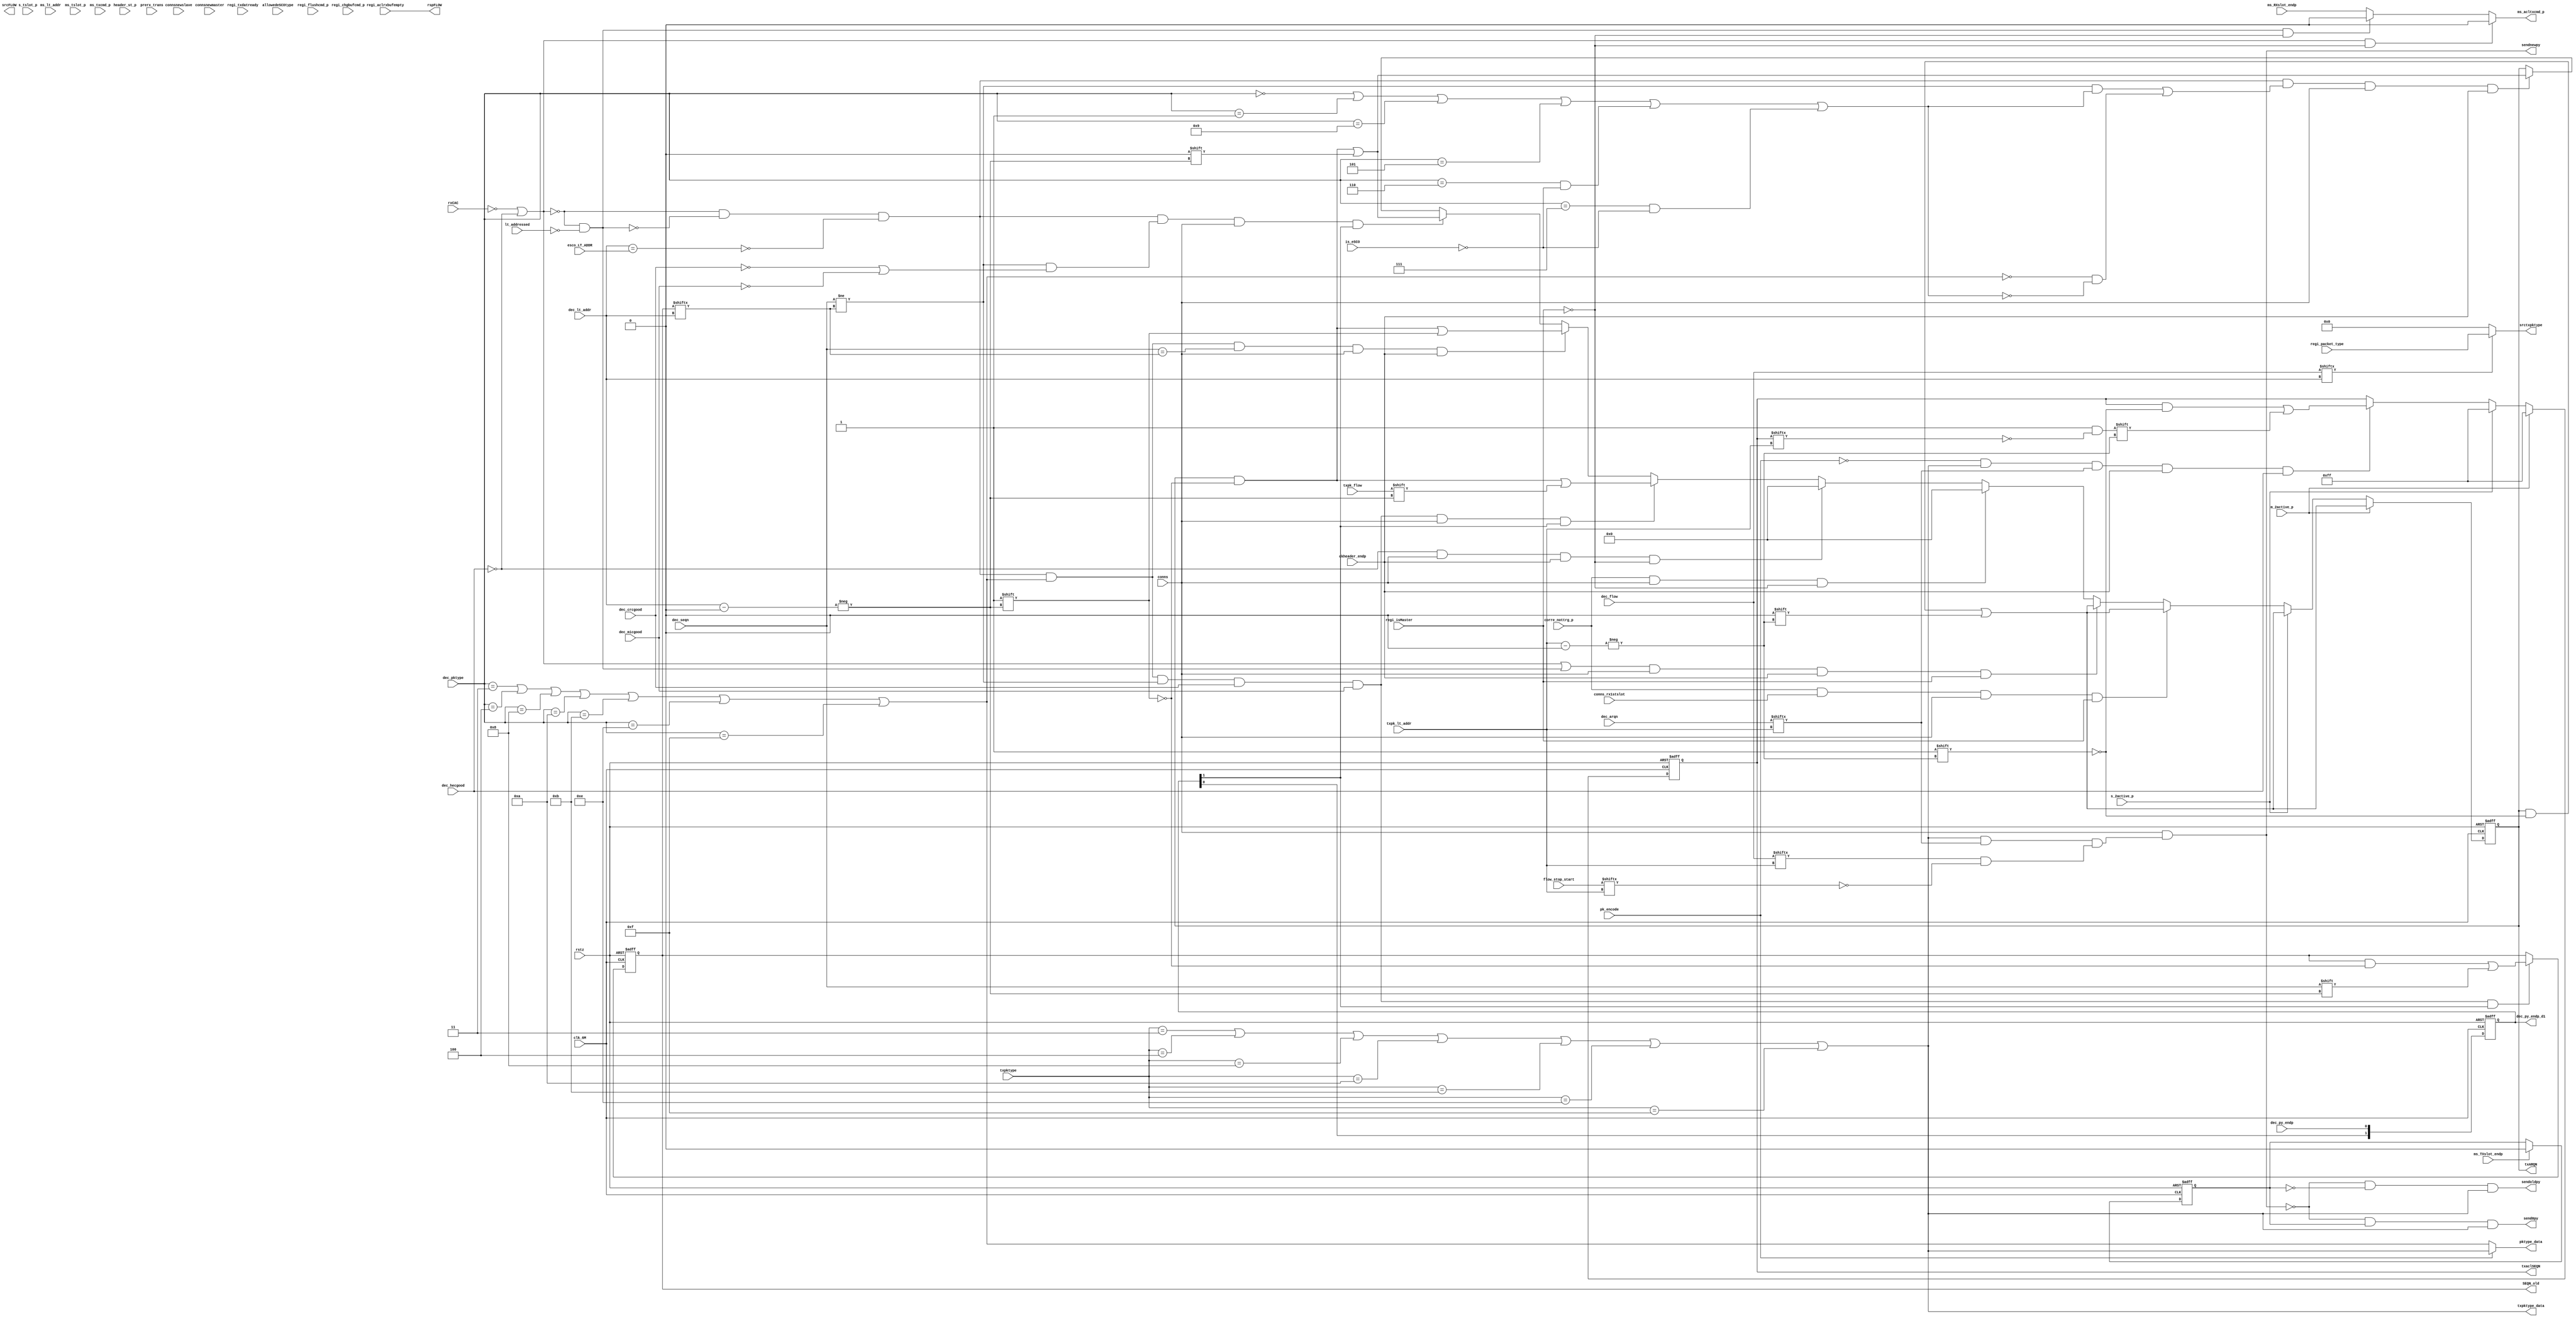
//
// Vol2 Part B sec 7.6 / 4.5.3 arq / flow control
//
module arqflowctrl(
clk_6M, rstz,
txpk_flow,
m_2active_p, s_2active_p,
conns_rx1stslot,
corre_nottrg_p,
txpk_lt_addr,
flow_stop_start,
ckheader_endp,
regi_txdatready,
ms_TXslot_endp, ms_RXslot_endp,
regi_chgbufcmd_p,
regi_isMaster,
dec_py_endp,
esco_LT_ADDR,
rxCAC,
is_eSCO,
dec_hecgood, dec_micgood,
conns, connsnewmaster, connsnewslave,
ms_lt_addr,
ms_tslot_p, s_tslot_p,
pk_encode,
dec_seqn,
dec_lt_addr,
lt_addressed,
allowedeSCOtype,
header_st_p,
dec_pktype, txpktype, regi_packet_type,
dec_flow,
dec_arqn,
prerx_trans, dec_crcgood,
regi_flushcmd_p,
ms_txcmd_p,
regi_aclrxbufempty,
//
txARQN,
txaclSEQN,
srctxpktype,
ms_acltxcmd_p,
srcFLOW,
rspFLOW,
pktype_data,
SEQN_old,
sendnewpy, sendoldpy, send0py,
dec_py_endp_d1,
txpktype_data

);

input clk_6M, rstz;
input txpk_flow;
input m_2active_p, s_2active_p;
input conns_rx1stslot;
input corre_nottrg_p;
input [2:0] txpk_lt_addr;
input [7:0] flow_stop_start;
input ckheader_endp;
input regi_txdatready;
input ms_TXslot_endp, ms_RXslot_endp;
input regi_chgbufcmd_p;
input regi_isMaster;
input dec_py_endp;
input [2:0] esco_LT_ADDR;
input rxCAC;
input is_eSCO;
input dec_hecgood, dec_micgood;
input conns, connsnewmaster, connsnewslave;
input [2:0] ms_lt_addr;
input ms_tslot_p, s_tslot_p;
input pk_encode;
input dec_seqn;
input [2:0] dec_lt_addr;
input lt_addressed;
input allowedeSCOtype;
input header_st_p;
input [3:0] dec_pktype, txpktype, regi_packet_type;
input [7:0] dec_flow;
input [7:0] dec_arqn;
input prerx_trans, dec_crcgood;
input regi_flushcmd_p;
input ms_txcmd_p;
input regi_aclrxbufempty;
//
output [7:0] txARQN;
output [7:0] txaclSEQN;
output [3:0] srctxpktype;
output ms_acltxcmd_p;
output [7:0] srcFLOW;
output rspFLOW;
output pktype_data;
output [7:0] SEQN_old;
output sendnewpy, sendoldpy, send0py;
output [1:0] dec_py_endp_d1;
output txpktype_data;

wire dec_pktype_data, txpktype_data;
reg [7:0] SEQN_old;
reg [1:0] dec_py_endp_d1;

assign pktype_data = pk_encode ? txpktype_data : dec_pktype_data;
//destination control
//
assign rspFLOW = regi_aclrxbufempty;




wire dec_flow_device = dec_flow[dec_lt_addr];
//source control
//

assign srctxpktype = dec_flow_device ? regi_packet_type : 4'b0 ;   //& regi_txdatready
wire aclpacket = srctxpktype==4'h3 | srctxpktype==4'h4 | srctxpktype==4'h8 | srctxpktype==4'h9 | 
                 srctxpktype==4'ha | srctxpktype==4'hb | srctxpktype==4'he | srctxpktype==4'hf;
////////wire srcFLOW_t = dec_flow_device | !prerx_trans | !dec_crcgood | !aclpacket;
////////
////////reg [7:0] srcFLOW;
////////always @(posedge clk_6M or negedge rstz)
////////begin
////////  if (!rstz)
////////     srcFLOW <= 8'hff;
////////  else if (connsnewmaster | connsnewslave)
////////     srcFLOW <= 8'hff;
////////  else if (ms_tslot_p & (!pk_encode))
////////     srcFLOW[ms_lt_addr] <= srcFLOW_t ;
////////end

//
// TX arq ctrl
// Vol2 PartB Figure 7.15
//
assign txpktype_data = txpktype==4'h3 | txpktype==4'h4 | txpktype==4'h8 | txpktype==4'ha | txpktype==4'hb | txpktype==4'he | txpktype==4'hf;

////////reg flushcmd_trg, flushcmd;
////////always @(posedge clk_6M or negedge rstz)
////////begin
////////  if (!rstz)
////////     flushcmd_trg <= 1'b0;
////////  else if (regi_flushcmd_p)
////////     flushcmd_trg <= 1'b1;
////////  else if (ms_tslot_p)  
////////     flushcmd_trg <= 1'b0 ;
////////end

wire regw_flushcmd = 1'b0;//for tmp
reg flushcmd_flag;
always @(posedge clk_6M or negedge rstz)
begin
  if (!rstz)
     flushcmd_flag <= 1'b0;
  else if (regw_flushcmd)
     flushcmd_flag <= 1'b1;
  else if (ms_TXslot_endp)  
     flushcmd_flag <= 1'b0 ;
end

// Spec : Figure 7.15, tx slot
// Vol2 PartB 4.5.3.2 : in case flow stop then start, should re-transmit old pyload
// 
assign sendnewpy = conns & ( //!txpktype_data | , sco case
                             (txpktype_data & dec_arqn[txpk_lt_addr] & 
                               (dec_flow[txpk_lt_addr] & !flow_stop_start[txpk_lt_addr])
                             )
                           );
assign sendoldpy = !sendnewpy & !flushcmd_flag &  txpktype_data; //conns &  txpktype_data & (!dec_arqn[txpk_lt_addr] | !dec_flow[txpk_lt_addr]) & !flushcmd_flag;
assign send0py   = !sendnewpy & flushcmd_flag &  txpktype_data; //conns &  txpktype_data & !dec_arqn[txpk_lt_addr] &  flushcmd_flag;  // 0 length continue ACL-U packet

reg [7:0] txaclSEQN;
always @(posedge clk_6M or negedge rstz)
begin
  if (!rstz)
     txaclSEQN <= 8'h0;
  else if (m_2active_p) //connsnewmaster | connsnewslave)
     txaclSEQN <= 8'hff;
  else if (s_2active_p) //connsnewmaster | connsnewslave)
     txaclSEQN <= 8'hff;
//  else if (regi_chgbufcmd_p)  // mcu check dec_arqn[ms_lt_addr] to determine switch buffer or not
//     txaclSEQN[ms_lt_addr] <= ~txaclSEQN[ms_lt_addr] ;
// Spec : Figure 7.15
//  else if (pk_encode & txpktype_data & dec_arqn[txpk_lt_addr] & header_st_p)
//     txaclSEQN[txpk_lt_addr] <= ~txaclSEQN[txpk_lt_addr] ;

  else if (!pk_encode & txpktype_data & dec_arqn[txpk_lt_addr] & ckheader_endp & dec_hecgood)
     txaclSEQN[txpk_lt_addr] <= ~txaclSEQN[txpk_lt_addr] ;
end

wire eSCOwindow_endp = 1'b0; //for tmp
wire eSCOwindow = 1'b0; //for tmp

reg txscoSEQN;
always @(posedge clk_6M or negedge rstz)
begin
  if (!rstz)
     txscoSEQN <= 1'b1;
  else if (s_2active_p | m_2active_p) //connsnewmaster | connsnewslave)
     txscoSEQN <= 1'b1;
  else if (eSCOwindow_endp)
     txscoSEQN <= ~txscoSEQN ;
end
//
// RX arq ctrl
// Vol2 PartB Figure 7.12
//
wire fail1 = !rxCAC | !dec_hecgood;
wire fail2 = (!fail1) & !lt_addressed;
wire esco_addressed = dec_lt_addr == esco_LT_ADDR;
assign dec_pktype_data = dec_pktype==4'h3 | dec_pktype==4'h4 | dec_pktype==4'h8 | dec_pktype==4'ha | dec_pktype==4'hb | dec_pktype==4'he | dec_pktype==4'hf;
wire dec_pktype_kk = dec_pktype==4'h0 | dec_pktype==4'h1 | dec_pktype==4'h9 | dec_pktype==4'h5 | (dec_pktype==4'h6 & !is_eSCO) | (dec_pktype==4'h7 & !is_eSCO);

wire condi_A = (!fail1) & (!fail2) ;

wire condi_B = condi_A & esco_addressed;

reg rxeSCOvalid_pyload;
always @(posedge clk_6M or negedge rstz)
begin
  if (!rstz)
     rxeSCOvalid_pyload <= 0;
  else if ((!pk_encode) & dec_hecgood & dec_crcgood & eSCOwindow & ms_tslot_p)
     rxeSCOvalid_pyload <= 1'b1 ;
  else if (!eSCOwindow)
     rxeSCOvalid_pyload <= 1'b0 ;
end

wire rxeSCOpacketOK = rxeSCOvalid_pyload & allowedeSCOtype;

wire accept_eSCOpyload = condi_B & !rxeSCOvalid_pyload & rxeSCOpacketOK;
wire ignore_eSCOpyload = condi_B &  rxeSCOvalid_pyload ;
wire reject_eSCOpyload = condi_B & !rxeSCOvalid_pyload & !rxeSCOpacketOK;



wire accept_aclpyload = condi_A & !esco_addressed & dec_pktype_data & dec_seqn!=SEQN_old[dec_lt_addr] & dec_crcgood & dec_micgood;

wire ignore_aclpyload = condi_A & !esco_addressed & dec_pktype_data & dec_seqn==SEQN_old[dec_lt_addr];
wire reject_aclpyload_0 = condi_A & !esco_addressed & (
                                                  (dec_seqn!=SEQN_old[dec_lt_addr] & (!dec_crcgood | !dec_micgood)) 
                                                 // (dec_seqn!=SEQN_old[dec_lt_addr] & dec_pktype_kk            ) |
                                                 // (!dec_pktype_data & !dec_pktype_kk             )  
                                                 ) ;
wire reject_aclpyload_1 = condi_A & !esco_addressed & (
                                                  //(dec_seqn!=SEQN_old[dec_lt_addr] & (!dec_crcgood | !dec_micgood)) |
                                                  (dec_seqn!=SEQN_old[dec_lt_addr] & dec_pktype_kk            ) |
                                                  (!dec_pktype_data & !dec_pktype_kk             )  
                                                 ) ;

//
always @(posedge clk_6M or negedge rstz)
begin
  if (!rstz)
     dec_py_endp_d1 <= 0;
  else 
     dec_py_endp_d1 <= {dec_py_endp_d1[0],dec_py_endp} ;
end

wire reg_wr_sqen=1'b0; //for tmp
wire reg_wr_arqn=1'b0; //for tmp
wire [7:0] reg_wdata=8'h0; //for tmp

always @(posedge clk_6M or negedge rstz)
begin
  if (!rstz)
     SEQN_old <= 8'h0;  //ff
  // mcu overwrite, EX:eSCO link setup
  else if (reg_wr_sqen)
     SEQN_old <= reg_wdata;
//  else if (connsnewmaster)
//     SEQN_old[ms_lt_addr] <= 1'b1;
//  else if (connsnewslave)
//     SEQN_old[ms_lt_addr] <= 1'b1;
  else if (accept_aclpyload & dec_py_endp_d1[1])
     SEQN_old[dec_lt_addr] <= dec_seqn ;
end

// RX slot ARQ scheme
// SPEC Vol 2, Part B, Sec 7.6, Figure 7.12 7.13
reg [7:0] txARQN;
always @(posedge clk_6M or negedge rstz)
begin
  if (!rstz)
     txARQN <= 0;
  // mcu overwrite, EX:eSCO link setup
  else if (reg_wr_arqn)
     txARQN <= reg_wdata;
  // master initial ARQN=NAK   
  else if (m_2active_p) //connsnewmaster & header_st_p)  // initial ARQN=NAK just before 1st tx
     txARQN[txpk_lt_addr] <= 1'b0;
  // slave initial ARN=NAK   
  else if (s_2active_p) //connsnewslave & header_st_p)   // initial ARQN=NAK just before 1st tx
     txARQN[txpk_lt_addr] <= 1'b0;
     
  // Spec Figure 7.12
  // master: RX slot address should be same as TX slot address
  else if (corre_nottrg_p & conns_rx1stslot & conns & regi_isMaster)  // not trigger
     txARQN[txpk_lt_addr] <= 1'b0;
  else if ((fail1|fail2) & conns & ckheader_endp & regi_isMaster)  // HEC error
     txARQN[txpk_lt_addr] <= 1'b0;
  //   
  //slave : if not receive valid packet at any rx slot, all address set to NAK.
  // because any address is possible miss   
  else if (corre_nottrg_p & conns & !regi_isMaster) // not trigger, diff condition from master
     txARQN <= 8'b0;
  else if (!dec_hecgood & conns & ckheader_endp & !regi_isMaster) // HEC error
     txARQN <= 8'b0;
// keep previous ack value
//  else if (fail2 & ckheader_endp & !regi_isMaster)
//     txARQN <= txARQN;
     
// sco
  else if ((accept_eSCOpyload|ignore_eSCOpyload) & eSCOwindow)
     txARQN[dec_lt_addr] <= 1'b1 ;
  else if (reject_eSCOpyload & eSCOwindow)
     txARQN[dec_lt_addr] <= 1'b0 ;

// acl : addressed case
// if resp-packet is null, which no pyload and dont meet following condition
// so keep old txARQN
// if flow==0, treat as not accept
  else if ((accept_aclpyload) & conns & dec_py_endp_d1[1]) // 
     txARQN[dec_lt_addr] <= txpk_flow; //1'b1 ;
  else if ((ignore_aclpyload) & conns & ckheader_endp)  // dont consider crc/mic good
     txARQN[dec_lt_addr] <= 1'b1 ;
//
  else if ((reject_aclpyload_0 ) & conns & dec_py_endp_d1[1])
     txARQN[dec_lt_addr] <= 1'b0 ;
  else if ((reject_aclpyload_1 ) & conns & ckheader_endp)
     txARQN[dec_lt_addr] <= 1'b0 ;
end

// receive packet from master
//////reg s_acltxcmd;
//////always @(posedge clk_6M or negedge rstz)
//////begin
//////  if (!rstz)
//////     s_acltxcmd <= 0;
//////  else if ((accept_aclpyload | ignore_aclpyload) & dec_py_endp_d1 & !regi_isMaster)
//////     s_acltxcmd <= 1'b1 ;
//////  else if (s_tslot_p)
//////     s_acltxcmd <= 1'b0 ;
//////end

//Spec : Figure 7.12, 7.13
wire reserved_slot = 1'b0; //for tmp
assign ms_acltxcmd_p = fail1 & (!regi_isMaster) & (!reserved_slot) ? 1'b0 : 
                       fail2 & (!regi_isMaster) ? 1'b0 : ms_RXslot_endp;  //s_acltxcmd & s_tslot_p;
                      

endmodule